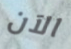
الآن